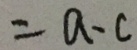
= a - c